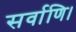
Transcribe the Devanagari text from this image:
सर्वाणि।